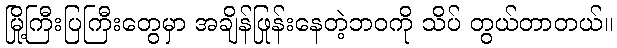
မြို့ကြီးပြကြီးတွေမှာ အချိန်ဖြုန်းနေတဲ့ဘဝကို သိပ် တွယ်တာတယ်။